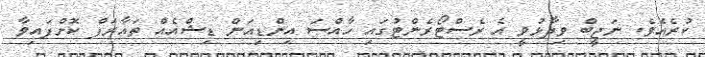
ކުރެއެވެ. ނަޖީބް ވިދާޅުވީ އެ ރެސްޓޯރެންޓުގައި ހާއްސަ އިންޑިއަން ޑިޝްއެއް ތައާރަފް ކޮށްފައިވާ